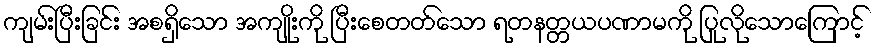
ကျမ်းပြီးခြင်း အစရှိသော အကျိုးကို ပြီးစေတတ်သော ရတနတ္တယပဏာမကို ပြုလိုသောကြောင့်